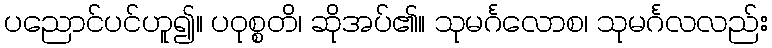
ပညောင်ပင်ဟူ၍။ ပဝုစ္စတိ၊ ဆိုအပ်၏။ သုမင်္ဂလောစ၊ သုမင်္ဂလလည်း